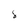
Character: 8